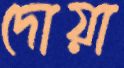
দোয়া